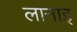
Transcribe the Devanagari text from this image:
लानाइ